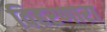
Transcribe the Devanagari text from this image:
विहरणारा